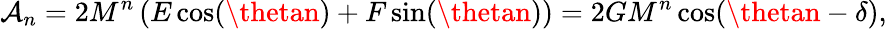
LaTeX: \mathcal{A}_{n}=2M^{n}\left(E\cos(\thetan)+F\sin(\thetan)\right)=2GM^{n}\cos(\thetan-\delta),